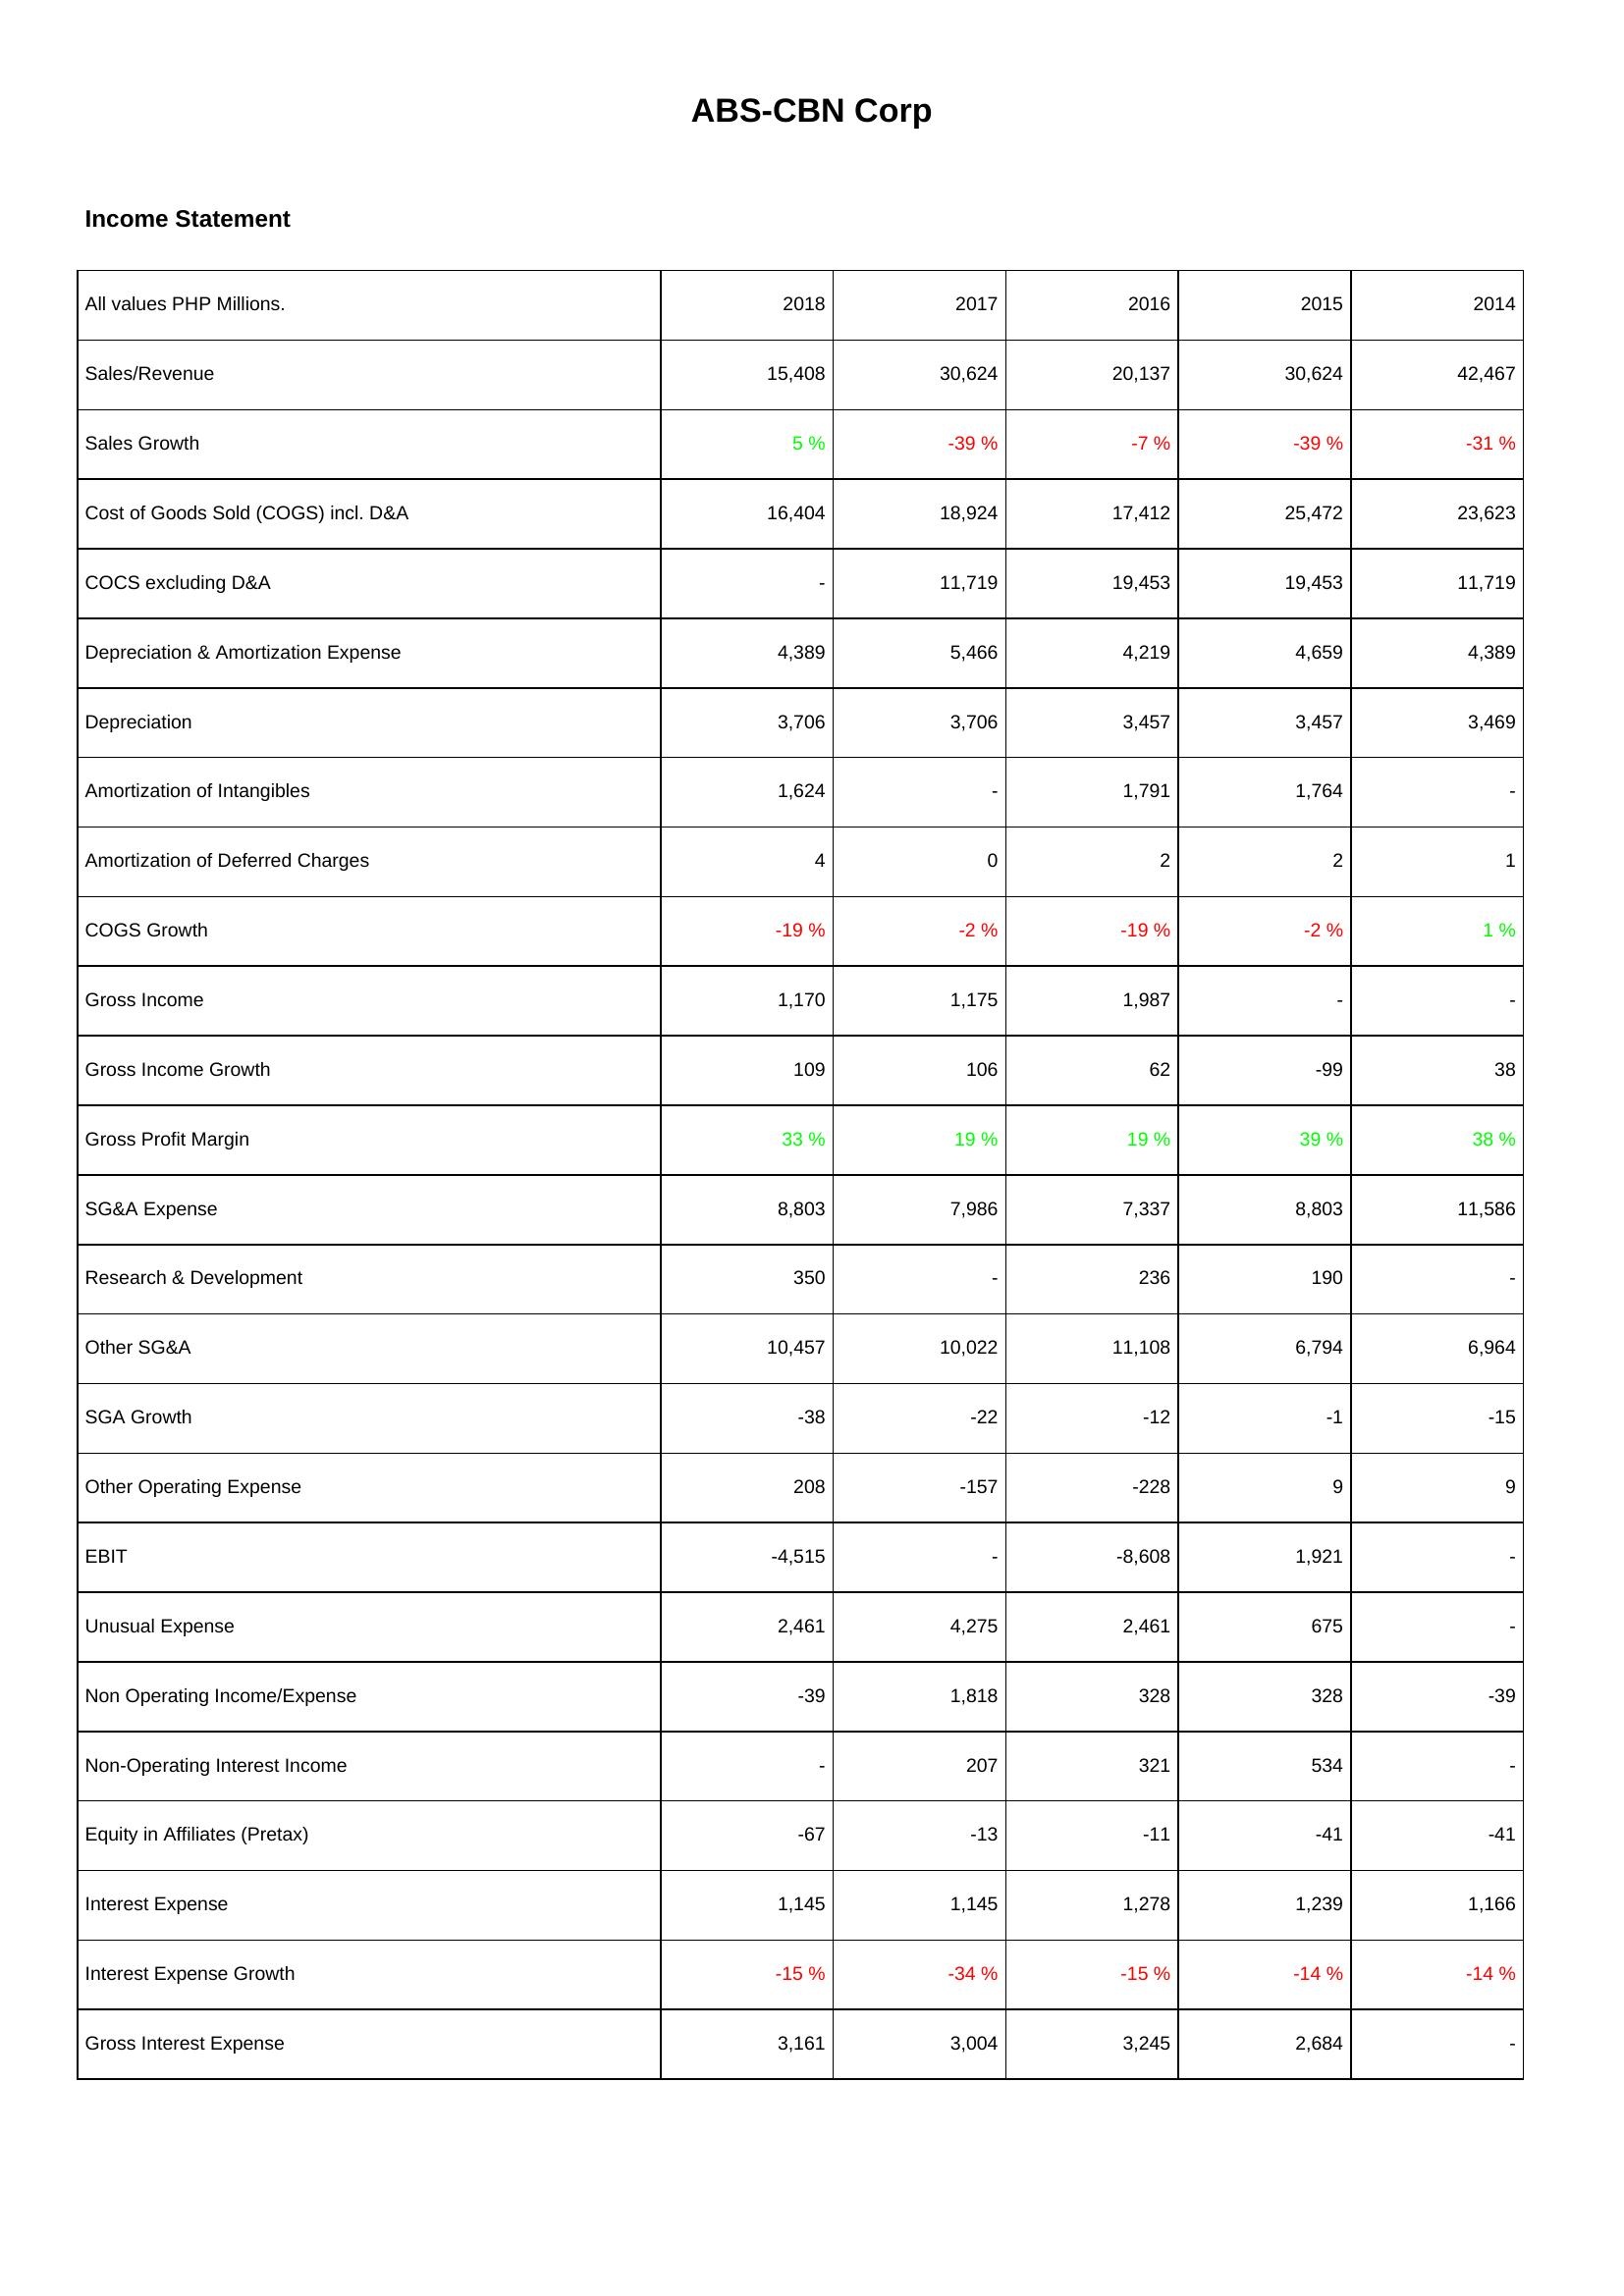
2018: Income Statement: Sales/Revenue: 15,408
Sales Growth: 5 %
Cost of Goods Sold (COGS) incl. D&A: 16,404
COCS excluding D&A: -
Depreciation & Amortization Expense: 4,389
Depreciation: 3,706
Amortization of Intangibles: 1,624
Amortization of Deferred Charges: 4
COGS Growth: -19 %
Gross Income: 1,170
Gross Income Growth: 109
Gross Profit Margin: 33 %
SG&A Expense: 8,803
Research & Development: 350
Other SG&A: 10,457
SGA Growth: -38
Other Operating Expense: 208
EBIT: -4,515
Unusual Expense: 2,461
Non Operating Income/Expense: -39
Non-Operating Interest Income: -
Equity in Affiliates (Pretax): -67
Interest Expense: 1,145
Interest Expense Growth: -15 %
Gross Interest Expense: 3,161
2017: Income Statement: Sales/Revenue: 30,624
Sales Growth: -39 %
Cost of Goods Sold (COGS) incl. D&A: 18,924
COCS excluding D&A: 11,719
Depreciation & Amortization Expense: 5,466
Depreciation: 3,706
Amortization of Intangibles: -
Amortization of Deferred Charges: 0
COGS Growth: -2 %
Gross Income: 1,175
Gross Income Growth: 106
Gross Profit Margin: 19 %
SG&A Expense: 7,986
Research & Development: -
Other SG&A: 10,022
SGA Growth: -22
Other Operating Expense: -157
EBIT: -
Unusual Expense: 4,275
Non Operating Income/Expense: 1,818
Non-Operating Interest Income: 207
Equity in Affiliates (Pretax): -13
Interest Expense: 1,145
Interest Expense Growth: -34 %
Gross Interest Expense: 3,004
2016: Income Statement: Sales/Revenue: 20,137
Sales Growth: -7 %
Cost of Goods Sold (COGS) incl. D&A: 17,412
COCS excluding D&A: 19,453
Depreciation & Amortization Expense: 4,219
Depreciation: 3,457
Amortization of Intangibles: 1,791
Amortization of Deferred Charges: 2
COGS Growth: -19 %
Gross Income: 1,987
Gross Income Growth: 62
Gross Profit Margin: 19 %
SG&A Expense: 7,337
Research & Development: 236
Other SG&A: 11,108
SGA Growth: -12
Other Operating Expense: -228
EBIT: -8,608
Unusual Expense: 2,461
Non Operating Income/Expense: 328
Non-Operating Interest Income: 321
Equity in Affiliates (Pretax): -11
Interest Expense: 1,278
Interest Expense Growth: -15 %
Gross Interest Expense: 3,245
2015: Income Statement: Sales/Revenue: 30,624
Sales Growth: -39 %
Cost of Goods Sold (COGS) incl. D&A: 25,472
COCS excluding D&A: 19,453
Depreciation & Amortization Expense: 4,659
Depreciation: 3,457
Amortization of Intangibles: 1,764
Amortization of Deferred Charges: 2
COGS Growth: -2 %
Gross Income: -
Gross Income Growth: -99
Gross Profit Margin: 39 %
SG&A Expense: 8,803
Research & Development: 190
Other SG&A: 6,794
SGA Growth: -1
Other Operating Expense: 9
EBIT: 1,921
Unusual Expense: 675
Non Operating Income/Expense: 328
Non-Operating Interest Income: 534
Equity in Affiliates (Pretax): -41
Interest Expense: 1,239
Interest Expense Growth: -14 %
Gross Interest Expense: 2,684
2014: Income Statement: Sales/Revenue: 42,467
Sales Growth: -31 %
Cost of Goods Sold (COGS) incl. D&A: 23,623
COCS excluding D&A: 11,719
Depreciation & Amortization Expense: 4,389
Depreciation: 3,469
Amortization of Intangibles: -
Amortization of Deferred Charges: 1
COGS Growth: 1 %
Gross Income: -
Gross Income Growth: 38
Gross Profit Margin: 38 %
SG&A Expense: 11,586
Research & Development: -
Other SG&A: 6,964
SGA Growth: -15
Other Operating Expense: 9
EBIT: -
Unusual Expense: -
Non Operating Income/Expense: -39
Non-Operating Interest Income: -
Equity in Affiliates (Pretax): -41
Interest Expense: 1,166
Interest Expense Growth: -14 %
Gross Interest Expense: -